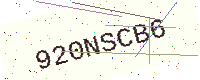
Text: 920NSCB6